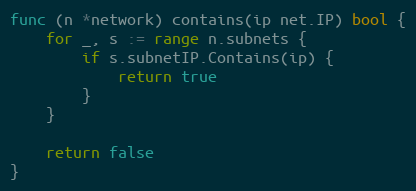
Language: Go
func (n *network) contains(ip net.IP) bool {
	for _, s := range n.subnets {
		if s.subnetIP.Contains(ip) {
			return true
		}
	}

	return false
}